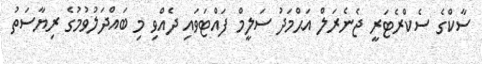
ސާކްގެ ސެކްރެޓަރީ ޖެނެރަލް އަޙްމަދު ސަލީމް ފައްޓަވައި ދެއްވި މި ބައްދަލުވުމުގެ ރިޔާސަތު